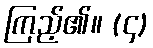
ကြည့်၏။ (၄)